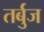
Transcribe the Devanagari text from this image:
तर्बुज